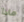
ماذا